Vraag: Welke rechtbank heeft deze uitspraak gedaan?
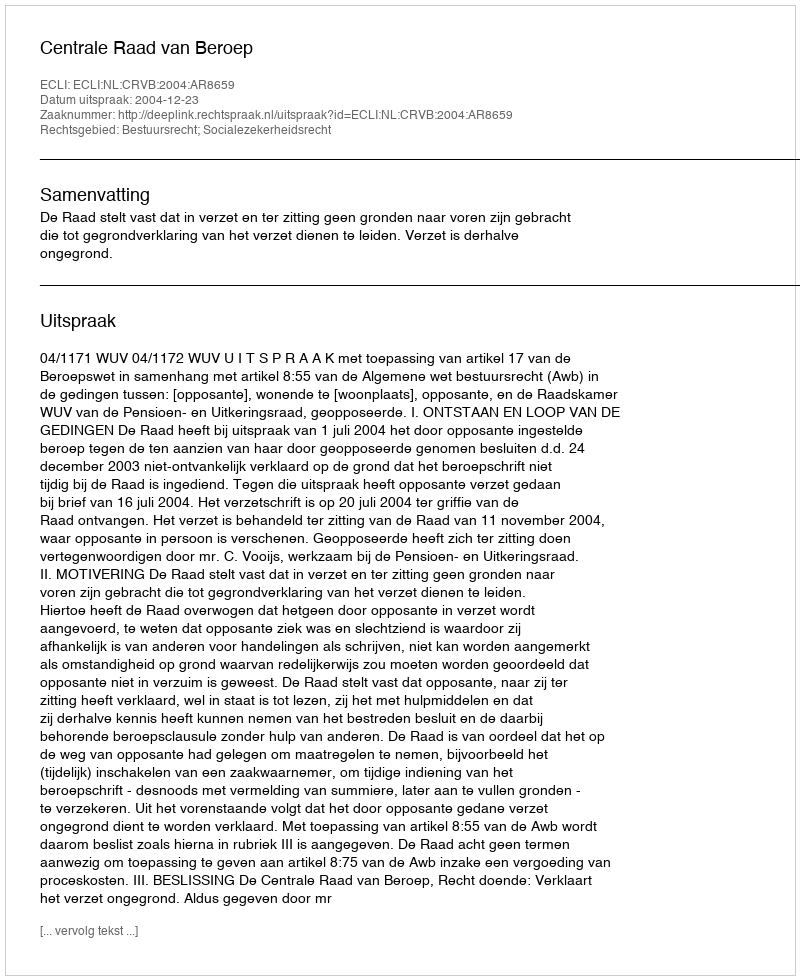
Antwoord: Centrale Raad van Beroep